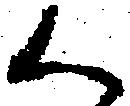
く